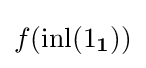
f(\operatorname {inl} (1_{\mathbf {1} }))